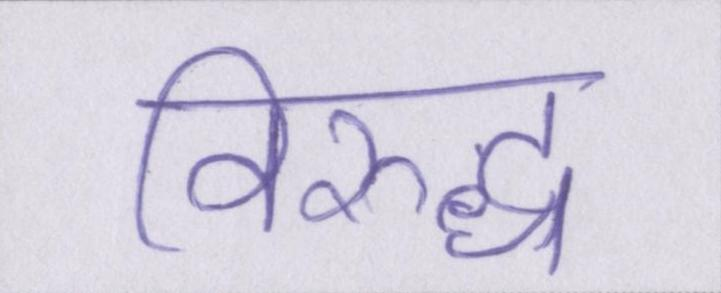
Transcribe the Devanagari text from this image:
विरुद्ध